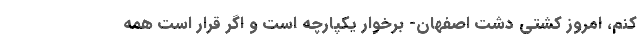
کنم، امروز کشتی دشت اصفهان- برخوار یکپارچه است و اگر قرار است همه